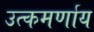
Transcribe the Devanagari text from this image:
उत्कमर्णाय